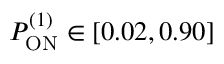
P _ { \mathrm { O N } } ^ { ( 1 ) } \in [ 0 . 0 2 , 0 . 9 0 ]